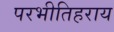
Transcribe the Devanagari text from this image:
परभीतिहराय